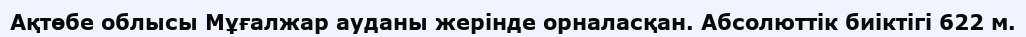
Ақтөбе облысы Мұғалжар ауданы жерінде орналасқан. Абсолюттік биіктігі 622 м.